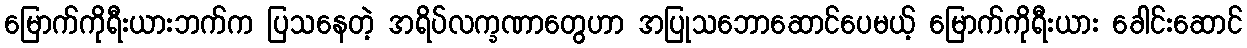
မြောက်ကိုရီးယားဘက်က ပြသနေတဲ့ အရိပ်လက္ခဏာတွေဟာ အပြုသဘောဆောင်ပေမယ့် မြောက်ကိုရီးယား ခေါင်းဆောင်